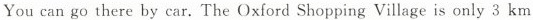
You can go there by car. The Oxford Shopping Village is only 3 km